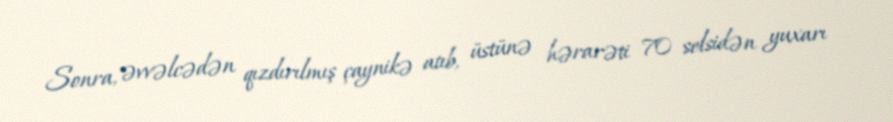
Sonra, əvvəlcədən qızdırılmış çaynikə atıb, üstünə hərarəti 70 selsidən yuxarı